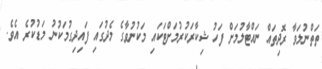
ތަތްނުލަވާ ރޮދިތައް ނައްޓާލުމަށް ފަހު ޝިކާރަކުރުމަށްޓަކައި މަކުނުވާގެ މެދުގައި ފައިދިގުމަކުނު މަޑުކުރެ އެވެ.